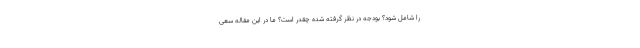
را شامل شود؟ بودجه در نظر گرفته شده چقدر است؟ ما در این مقاله سعی